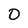
Character: 0